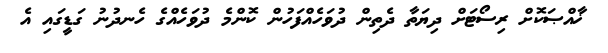
ޚާއްޞަކޮށް ރިސޯޓަށް ދިޔަތާ ދެތިން ދުވަހެއްފަހުން ކޮންމެ ދުވަހެއްގެ ހެނދުނު ގަޑީގައި އެ